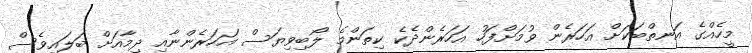
މީހެއްގެ އަނތްބަކަށް އަހަރެން ވުމަށްފަހު އަހަރެންދެކެ ކިތަންމެ ލޯބިވިޔަސް އަހަރެންނާއި ދިމާއަށް ބަލައިވެސް